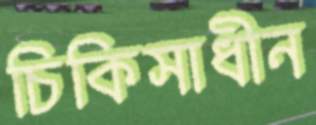
চিকিসাধীন